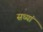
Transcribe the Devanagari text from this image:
सध्यां